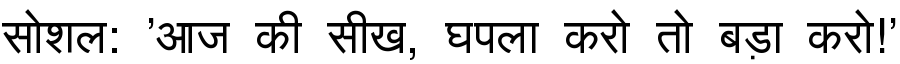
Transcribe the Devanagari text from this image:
सोशल: 'आज की सीख, घपला करो तो बड़ा करो!'